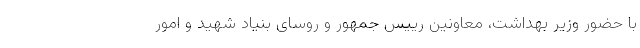
با حضور وزیر بهداشت، معاونین رییس جمهور و روسای بنیاد شهید و امور